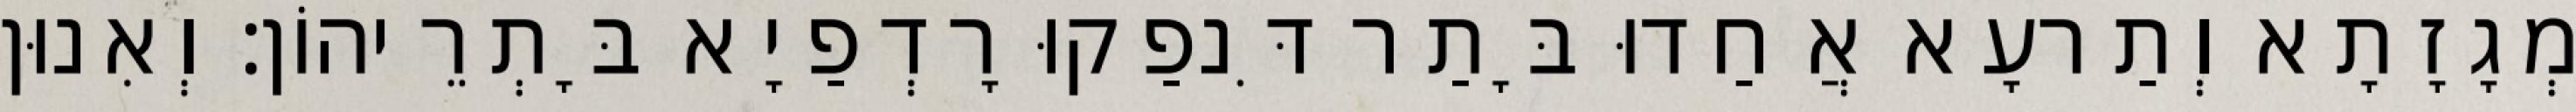
מְגָזָתָא וְתַרעָא אֲחַדוּ בָּתַר דִּנפַקוּ רָדְפַיָא בָּתְרֵיהוֹן׃ וְאִנוּן